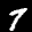
Label: 7